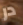
در